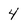
Character: 4